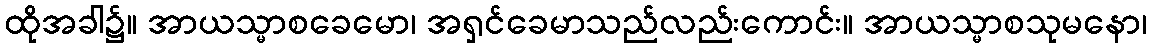
ထိုအခါ၌။ အာယသ္မာစခေမော၊ အရှင်ခေမာသည်လည်းကောင်း။ အာယသ္မာစသုမနော၊